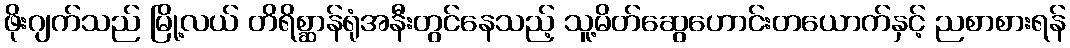
ဖိုးဂျက်သည် မြို့လယ် တိရိစ္ဆာန်ရုံအနီးတွင်နေသည့် သူ့မိတ်ဆွေဟောင်းတယောက်နှင့် ညစာစားရန်